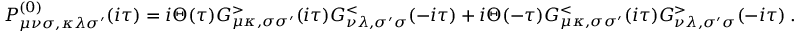
P _ { \mu \nu \sigma , \kappa \lambda \sigma ^ { \prime } } ^ { ( 0 ) } ( i \tau ) = i \Theta ( \tau ) G _ { \mu \kappa , \sigma \sigma ^ { \prime } } ^ { > } ( i \tau ) G _ { \nu \lambda , \sigma ^ { \prime } \sigma } ^ { < } ( - i \tau ) + i \Theta ( - \tau ) G _ { \mu \kappa , \sigma \sigma ^ { \prime } } ^ { < } ( i \tau ) G _ { \nu \lambda , \sigma ^ { \prime } \sigma } ^ { > } ( - i \tau ) \; .